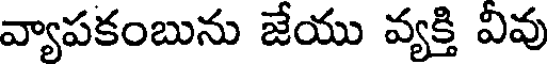
వ్యాపకంబును జేయు వ్యక్తి వివు